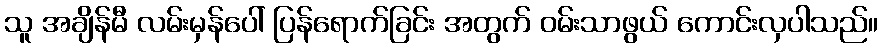
သူ အချိန်မီ လမ်းမှန်ပေါ် ပြန်ရောက်ခြင်း အတွက် ဝမ်းသာဖွယ် ကောင်းလှပါသည်။